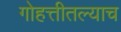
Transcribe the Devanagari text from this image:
गोहत्तीतल्याच